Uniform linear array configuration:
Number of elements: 48
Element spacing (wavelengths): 1
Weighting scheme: binomial
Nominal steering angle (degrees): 15
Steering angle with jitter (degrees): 13.127
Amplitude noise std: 0.05
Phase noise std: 0.05

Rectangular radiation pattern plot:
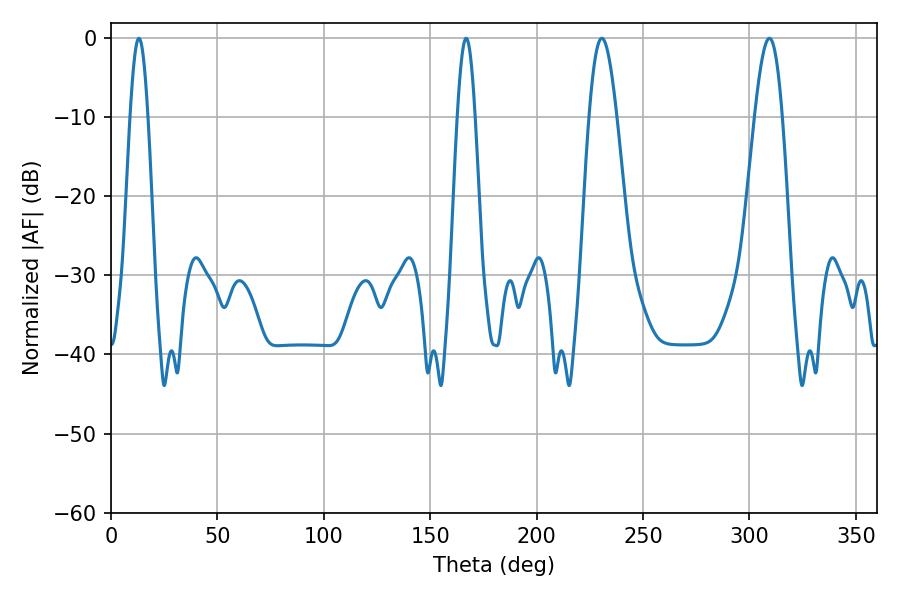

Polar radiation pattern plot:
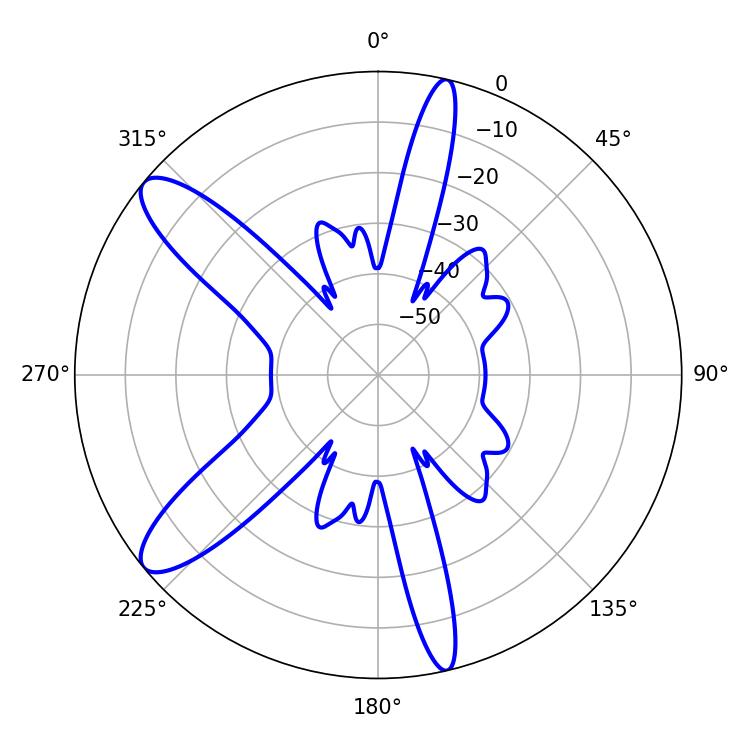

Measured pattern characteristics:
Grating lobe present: TRUE
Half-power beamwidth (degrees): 4.32
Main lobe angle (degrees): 13.14